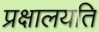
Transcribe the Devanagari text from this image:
प्रक्षालयति